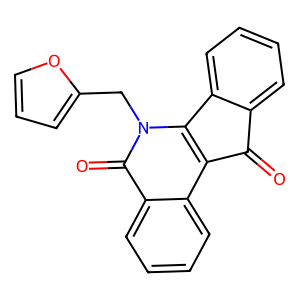
SMILES: O=C1c2ccccc2-c2c1c1ccccc1c(=O)n2Cc1ccco1
Inhibits HIV replication: No